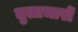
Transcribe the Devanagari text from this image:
तुलाभारों